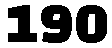
190